Medical and sanitary report of the native army of Madras for the year
Year: 1876
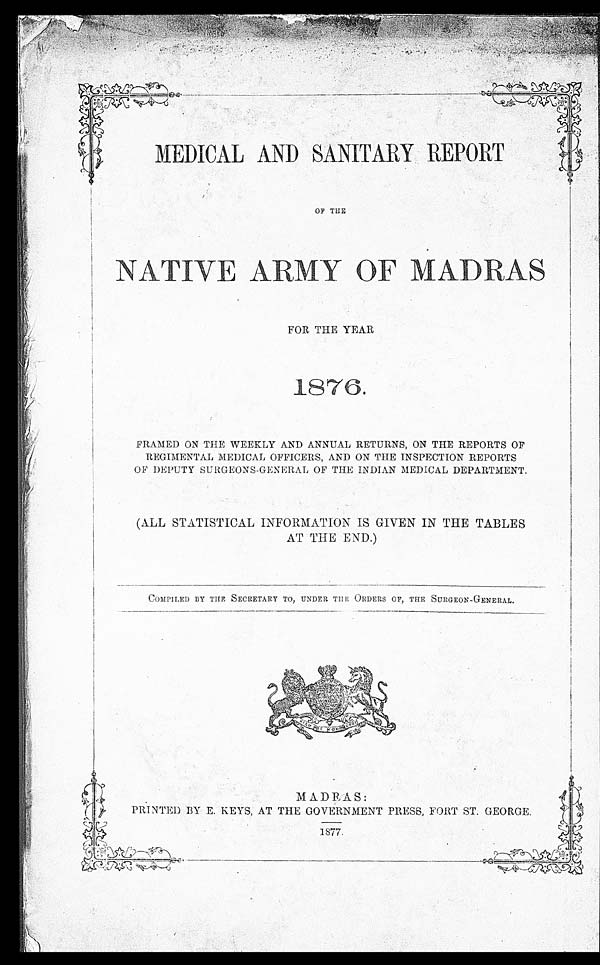
MEDICAL AND SANITARY REPORT
OF THE
NATIVE ARMY OF MADRAS
FOR THE YEAR
1876.
FRAMED ON THE WEEKLY AND ANNUAL RETURNS, ON THE REPORTS OF
REGIMENTAL MEDICAL OFFICERS, AND ON THE INSPECTION REPORTS
OF DEPUTY SURGEONS-GENERAL OF THE INDIAN MEDICAL DEPARTMENT.
(ALL STATISTICAL INFORMATION IS GIVEN IN THE TABLES
AT THE END.)
COMPILED BY THE SECRETARY TO, UNDER THE ORDERS OF, THE SURGEON-GENERAL.
MADRAS:
PRINTED BY E. KEYS, AT THE GOVERNMENT PRESS, FORT ST. GEORGE.
1877.